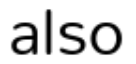
also